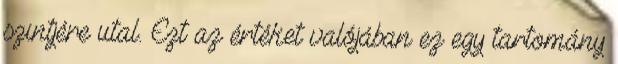
szintjére utal. Ezt az értéket valójában ez egy tartomány